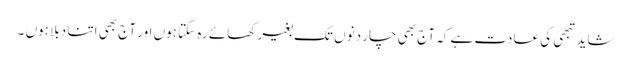
شاید تبھی کی عادت ہے کہ آج بھی چار دنوں تک بغیر کھائے رہ سکتا ہوں اور آج بھی اتنا دبلا ہوں ۔